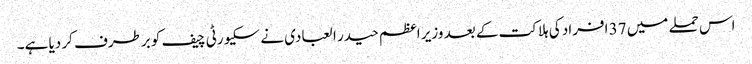
اس حملے میں 37 افراد کی ہلاکت کے بعد وزیر اعظم حیدر ا لعبادی نے سکیورٹی چیف کو برطرف کر دیا ہے۔